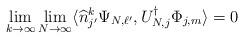
LaTeX: \begin{align*} \lim_{k\to \infty} \lim_{N\to \infty} \langle \widehat n_{j'}^k \Psi_{N,\ell'}, U_{N,j}^\dagger \Phi_{j,m} \rangle =0\end{align*}